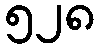
၅၂၈